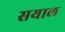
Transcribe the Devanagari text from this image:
सयाल